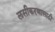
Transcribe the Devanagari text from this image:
लसीकरणासाठी